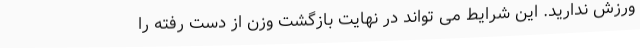
ورزش ندارید. این شرایط می تواند در نهایت بازگشت وزن از دست رفته را